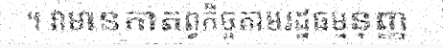
។ វាមានកាតព្វកិច្ចតាមរដ្ឋធម្មនុញ្ញ